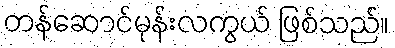
တန်ဆောင်မုန်းလကွယ် ဖြစ်သည်။